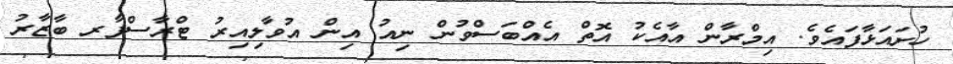
ހުށައަޅާފައެވެ. އިމްރާން އާއެކު އޮތް އެއްބަސްވުން ނިއު އިން އުވާލިއިރު ޓްރާސްފާރ ބާޒާރު